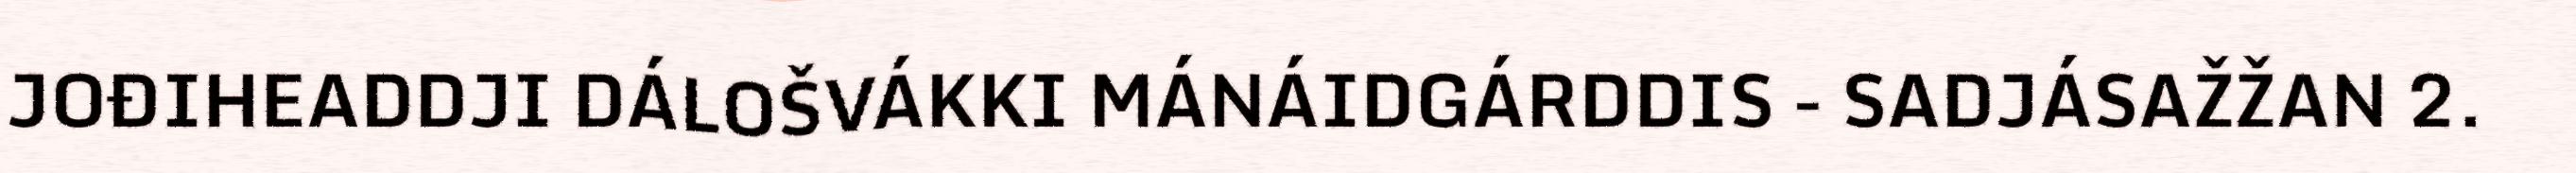
JOĐIHEADDJI DÁLOŠVÁKKI MÁNÁIDGÁRDDIS - SADJÁSAŽŽAN 2.